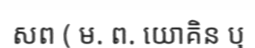
សព ( ម. ព. យោគិន ឬ